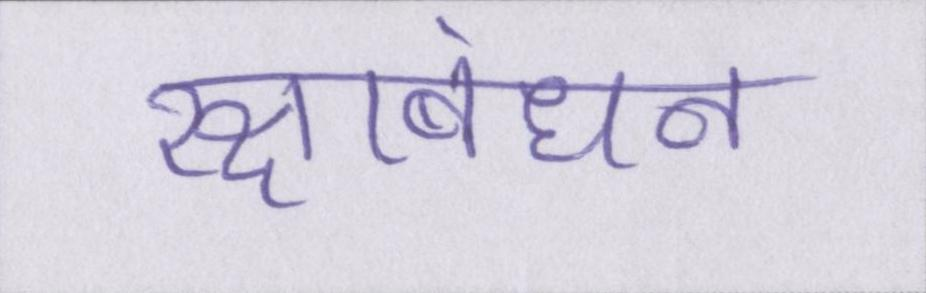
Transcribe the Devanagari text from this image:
रक्षाबंधन